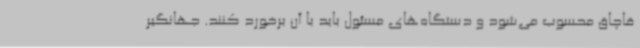
قاچاق محسوب می‌شود و دستگاه‌های مسئول باید با آن برخورد کنند. جهانگیر